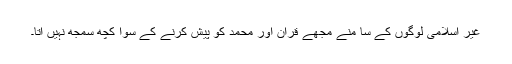
غیر اسلامی لوگوں کے سا منے مجھے قرآن اور محمد کو پیش کرنے کے سوا کچھ سمجھ نہیں آتا۔